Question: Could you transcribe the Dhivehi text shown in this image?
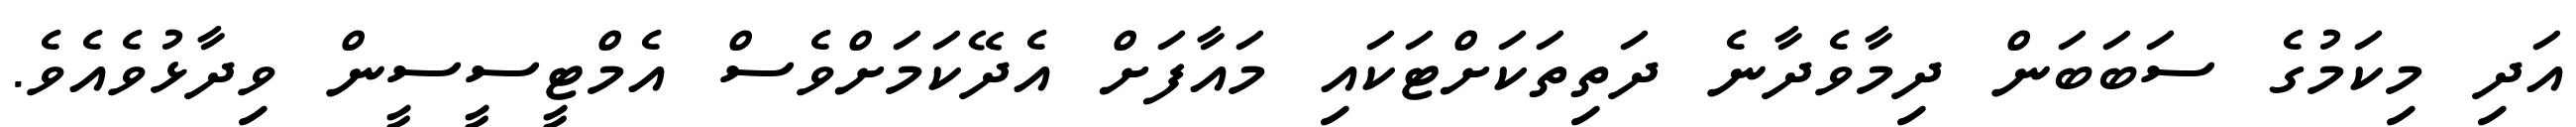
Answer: އަދި މިކަމުގެ ސަބަބަން ދިމާވެދާނެ ދަތިތަކަށްޓަކައި މައާފަށް އެދޭކަމަށްވެސް އެމްޓީސީސީން ވިދާޅުވެއެވެ.